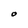
Character: O